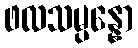
ဖလသမ္ပန္နော